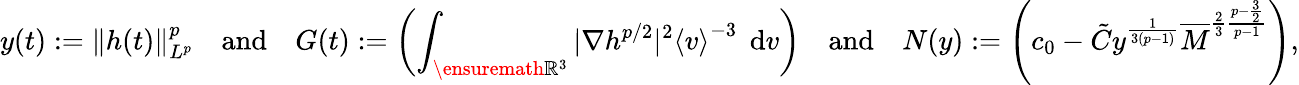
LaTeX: y(t):=\| h(t)\| _{L^{p}}^{p}\quad\mathrm{and}\quad G(t):=\left(\int_{\ensuremath{{\mathbb R}}^{3}}|\nabla h^{p/2}|^{2}\left\langle v\right\rangle^{-3}\; \, \mathrm{d}v\right)\quad\mathrm{and}\quad N(y):=\left(c_{0}-\tilde{C}y^{\frac{1}{3(p-1)}}\overline{{M}}^{\frac{2}{3}\frac{p-\frac{3}{2}}{p-1}}\right),